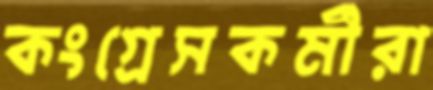
কংগ্রেসকর্মীরা